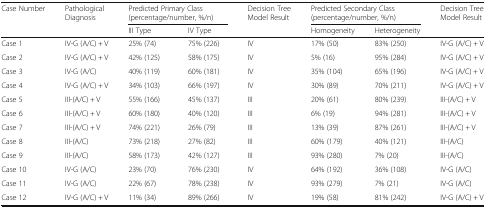
| <ROWSPAN=2> Case Number | <ROWSPAN=2> Pathological Diagnosis | <COLSPAN=2> Predicted Primary Class (percentage/number, %/n) | <ROWSPAN=2> Decision Tree Model Result | <COLSPAN=2> Predicted Secondary Class (percentage/number, %/n) | <ROWSPAN=2> Decision Tree Model Result |
 | III Type | IV Type | Homogeneity | Heterogeneity |
 | --- | --- | --- | --- | --- | --- | --- | --- |
 | Case 1 | IV-G (A/C) + V | 25% (74) | 75% (226) | IV | 17% (50) | 83% (250) | IV-G (A/C) + V |
 | Case 2 | IV-G (A/C) + V | 42% (125) | 58% (175) | IV | 5% (16) | 95% (284) | IV-G (A/C) + V |
 | Case 3 | IV-G (A/C) | 40% (119) | 60% (181) | IV | 35% (104) | 65% (196) | IV-G (A/C) + V |
 | Case 4 | IV-G (A/C) + V | 34% (103) | 66% (197) | IV | 30% (89) | 70% (211) | IV-G (A/C) + V |
 | Case 5 | III-(A/C) + V | 55% (166) | 45% (137) | III | 20% (61) | 80% (239) | III-(A/C) + V |
 | Case 6 | III-(A/C) + V | 60% (180) | 40% (120) | III | 6% (19) | 94% (281) | III-(A/C) + V |
 | Case 7 | III-(A/C) + V | 74% (221) | 26% (79) | III | 13% (39) | 87% (261) | III-(A/C) + V |
 | Case 8 | III-(A/C) | 73% (218) | 27% (82) | III | 60% (179) | 40% (121) | III-(A/C) |
 | Case 9 | III-(A/C) | 58% (173) | 42% (127) | III | 93% (280) | 7% (20) | III-(A/C) |
 | Case 10 | IV-G (A/C) | 23% (70) | 76% (230) | IV | 64% (192) | 36% (108) | IV-G (A/C) |
 | Case 11 | IV-G (A/C) | 22% (67) | 78% (238) | IV | 93% (279) | 7% (21) | IV-G (A/C) |
 | Case 12 | IV-G (A/C) + V | 11% (34) | 89% (266) | IV | 19% (58) | 81% (242) | IV-G (A/C) + V |